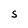
Character: S